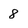
Character: 8